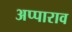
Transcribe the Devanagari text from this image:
अप्पाराव